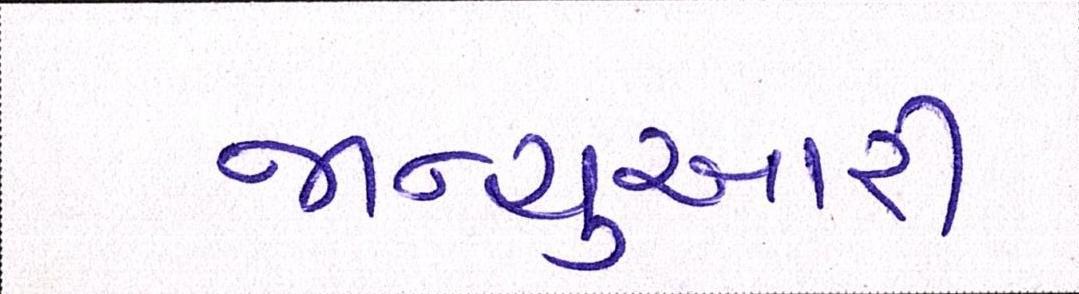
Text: જાન્યુઆરી